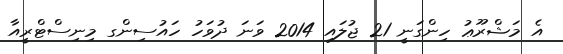
އެ މަޝްރޫޢު ހިންގަނީ 21 ޖުލައި 2014 ވަނަ ދުވަހު ހައުސިންގ މިނިސްޓްރީއާ